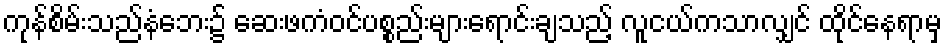
ကုန်စိမ်းသည်နံဘေး၌ ဆေးဖကံဝင်ပစ္စည်းများရောင်းချသည့် လူငယ်ကသာလျှင် ထိုင်နေရာမှ